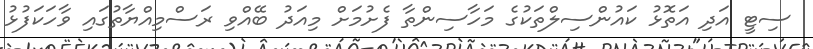
ސިޓީ އަދި އަތޮޅު ކައުންސިލްތަކުގެ މަހާސިންތާ ފެށުމަށް މިއަދު ބޭއްވި ރަސްމިއްޔާތުގައި ވާހަކަފުޅު